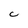
Character: C